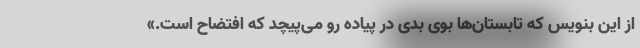
از این بنویس که تابستان‌ها بوی بدی در پیاده رو می‌پیچد که افتضاح است.»